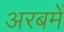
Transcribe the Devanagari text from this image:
अरबमें